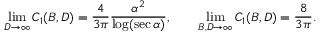
\operatorname* { l i m } _ { D \to \infty } C _ { 1 } ( B , D ) = \frac { 4 } { 3 \pi } \frac { \alpha ^ { 2 } } { \log ( \sec \alpha ) } , \qquad \operatorname* { l i m } _ { B , D \to \infty } C _ { 1 } ( B , D ) = \frac { 8 } { 3 \pi } .